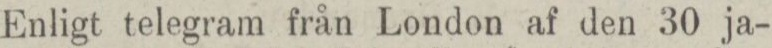
Enligt telegram från London af den 30 ja-